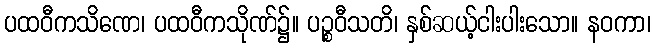
ပထဝီကသိဏေ၊ ပထဝီကသိုဏ်၌။ ပဉ္စဝီသတိ၊ နှစ်ဆယ့်ငါးပါးသော။ နဝကာ၊